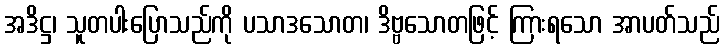
အဒိဋ္ဌ၊ သူတပါးပြောသည်ကို ပသာဒသောတ၊ ဒိဗ္ဗသောတဖြင့် ကြားရသော အာပတ်သည်